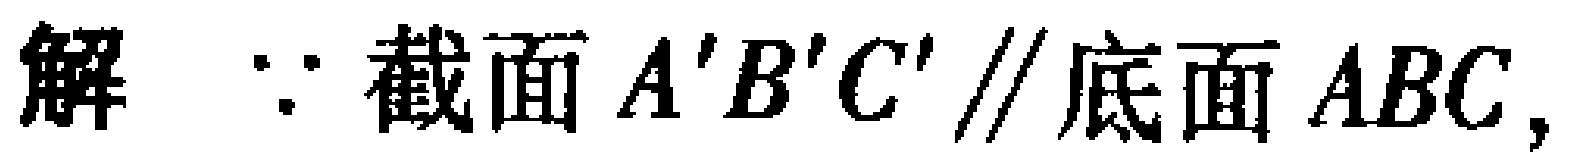
解 $\because$ 截面 $A'B'C' \parallel$ 底面 $ABC$,